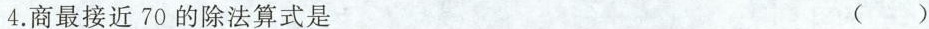
4.商最接近70的除法算式是 ()